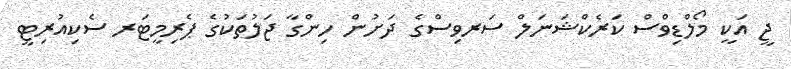
ޖީ އަކީ މޯލްޑިވްސް ކަރެކްޝަނަލް ސަރވިސްގެ ދަށުން ހިންގާ ޖަލުތަކުގެ ޕެރިމީޓަރ ސެކިއުރިޓީ